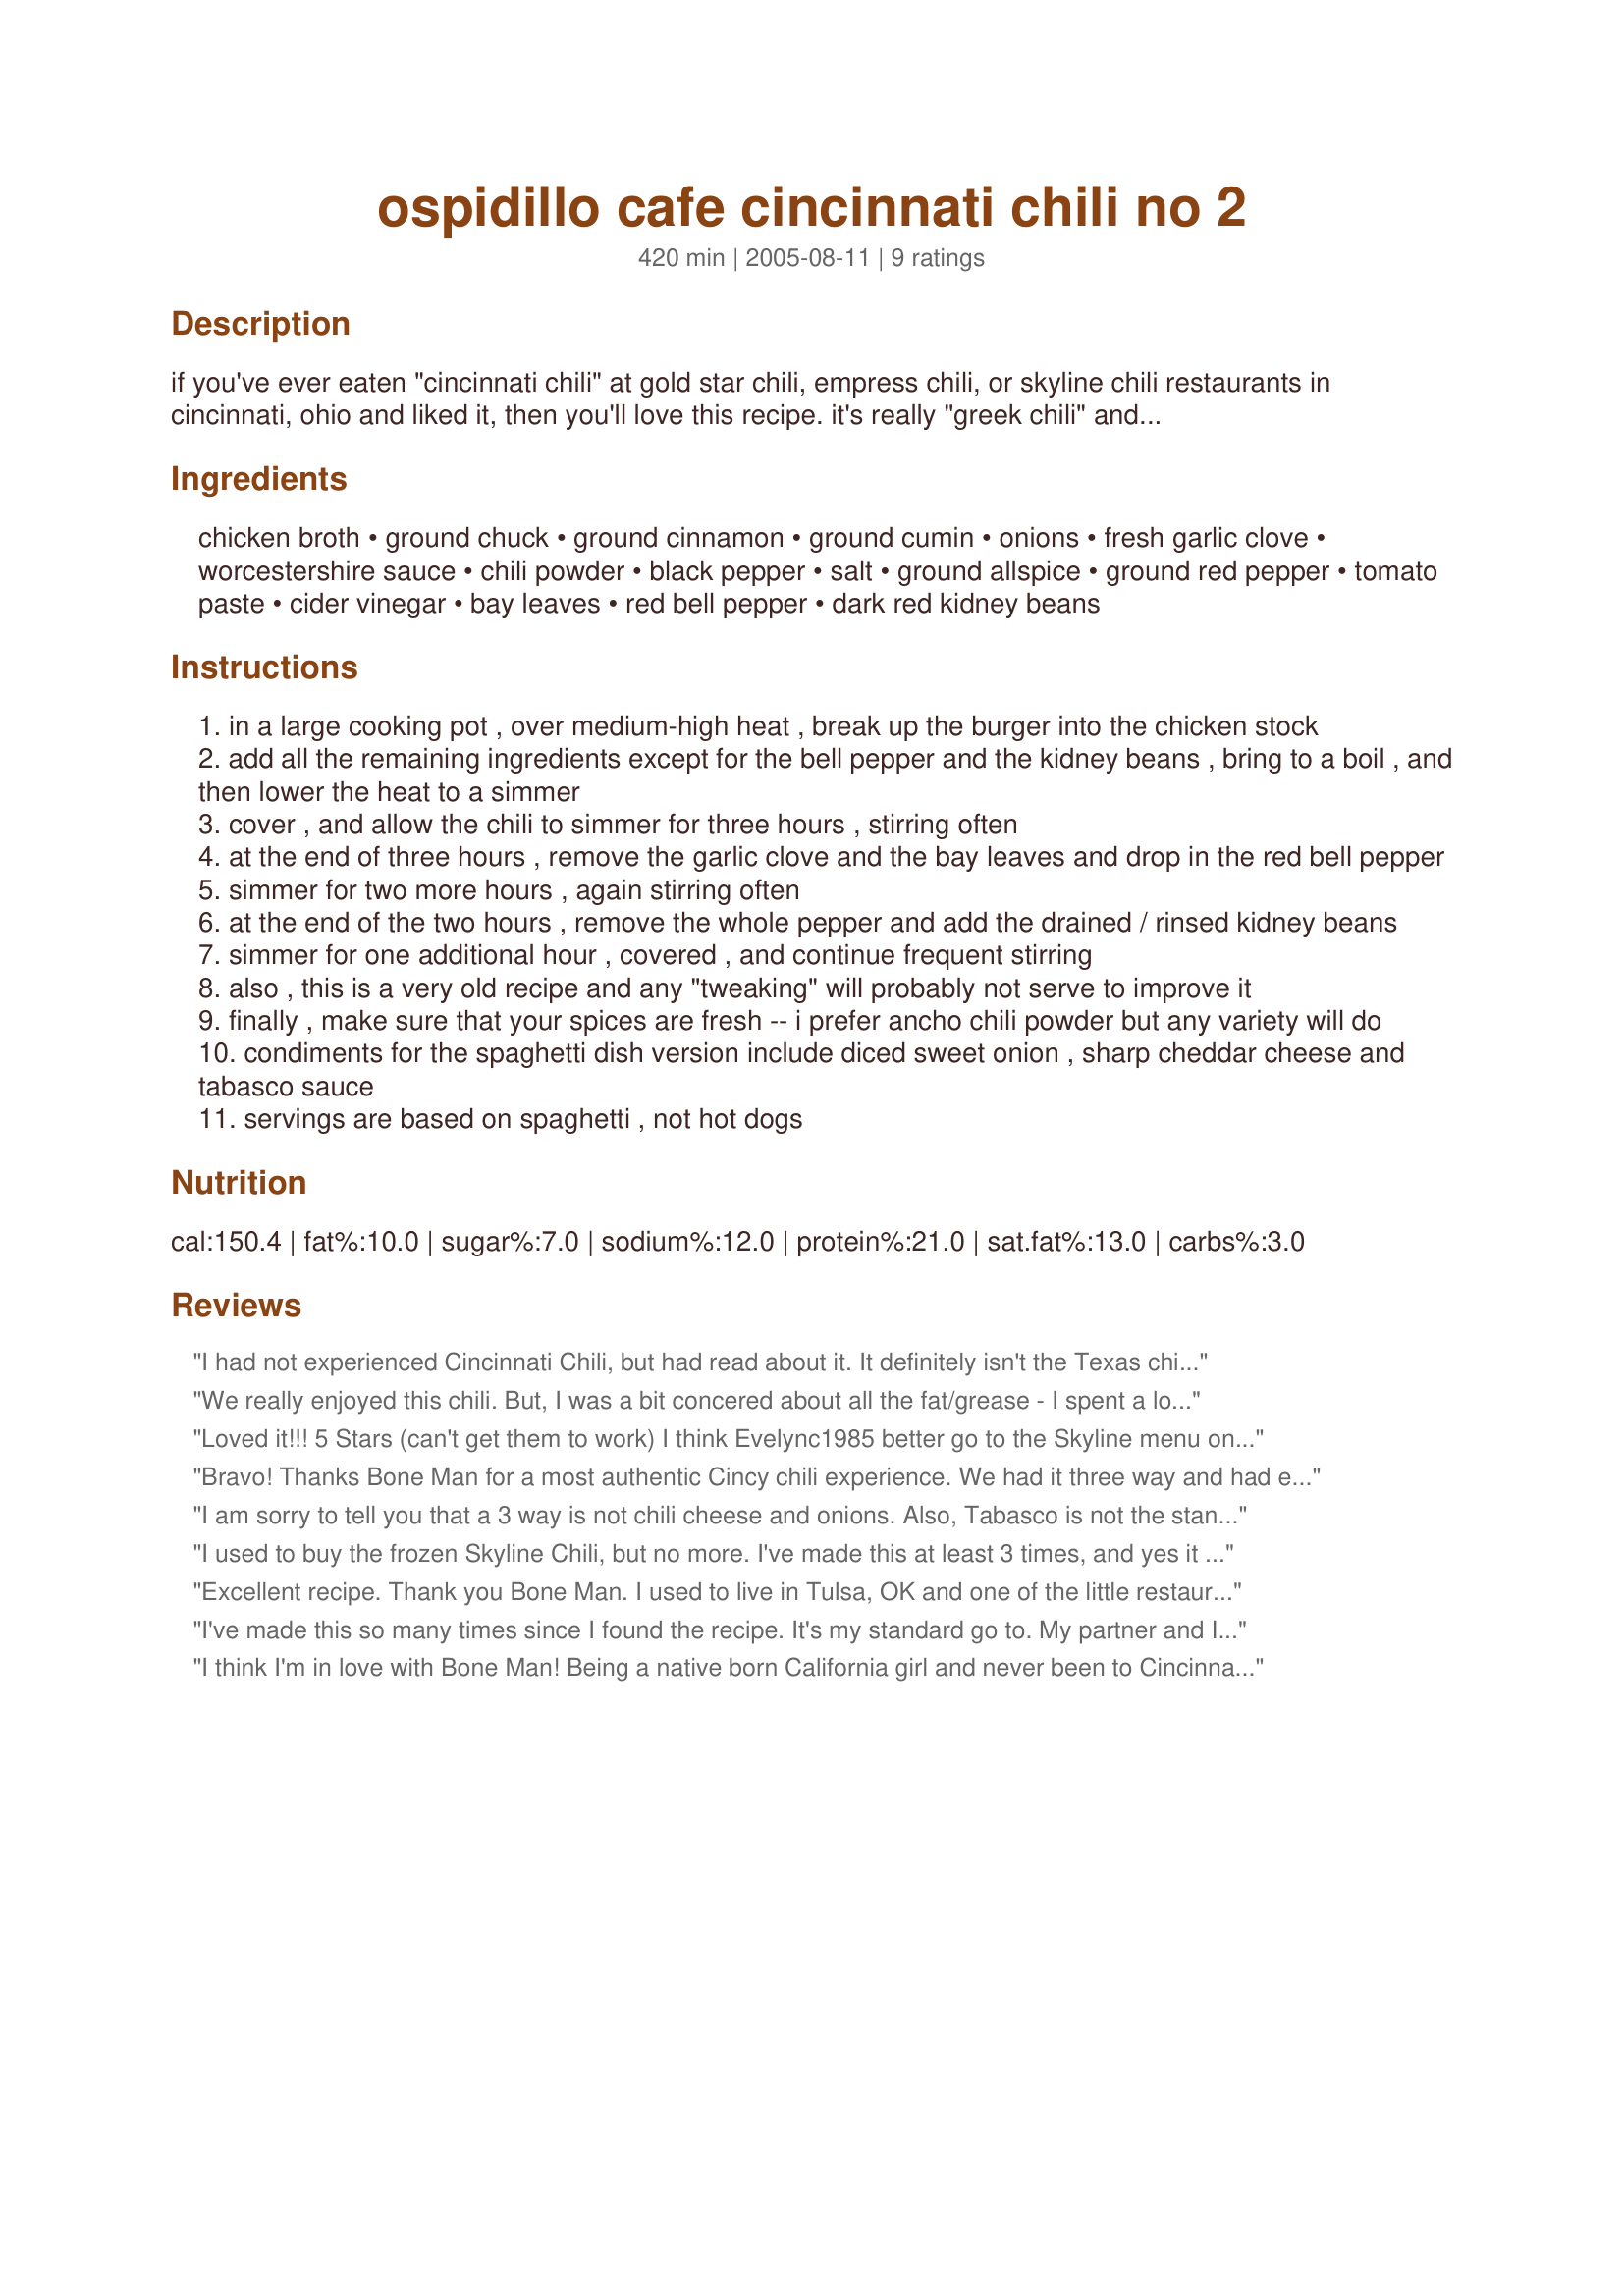
ospidillo cafe cincinnati chili no 2
Preparation time: 420 minutes

if you've ever eaten "cincinnati chili" at gold star chili, empress chili, or skyline chili restaurants in cincinnati, ohio and liked it, then you'll love this recipe. it's really "greek chili" and most copycat recipes have chocolate in them -- this one does not. use this chili over spaghetti (topped with shredded cheddar, diced onions, and tabasco, a.k.a. "thee-way"), or, use it as a great hot dog (coney) chili sauce. yes, it takes awhile to make it but you won't mind so much after having tasted it.

Ingredients:
chicken broth, ground chuck, ground cinnamon, ground cumin, onions, fresh garlic clove, worcestershire sauce, chili powder, black pepper, salt, ground allspice, ground red pepper, tomato paste, cider vinegar, bay leaves, red bell pepper, dark red kidney beans

Steps:
in a large cooking pot , over medium-high heat , break up the burger into the chicken stock
add all the remaining ingredients except for the bell pepper and the kidney beans , bring to a boil , and then lower the heat to a simmer
cover , and allow the chili to simmer for three hours , stirring often
at the end of three hours , remove the garlic clove and the bay leaves and drop in the red bell pepper
simmer for two more hours , again stirring often
at the end of the two hours , remove the whole pepper and add the drained / rinsed kidney beans
simmer for one additional hour , covered , and continue frequent stirring
also , this is a very old recipe and any "tweaking" will probably not serve to improve it
finally , make sure that your spices are fresh -- i prefer ancho chili powder but any variety will do
condiments for the spaghetti dish version include diced sweet onion , sharp cheddar cheese and tabasco sauce
servings are based on spaghetti , not hot dogs

Reviews:
I had not experienced Cincinnati Chili, but had read about it. It definitely isn't the Texas chili I am used to. =) The flavor reminded me alot of the wonderful meat mixture in pastitsio. It is still HOT here in Texas so I first cooked the meat in the stock on the stovetop, then transferred to the crockpot. After that I followed the instructions exactly. I did cut this in half, but won't next time. I plan to make the whole batch & freeze some for later use. This does take a long time to prepare but the results are worth it. Thank you Bone Man for sharing this keeper of a recipe with us!


We really enjoyed this chili. 
But, I was a bit concered about all the fat/grease - I spent a lot of time skimming it off. Could have been my meat (I did use ground chuck). Next time I think I will pre-cook the ground chuck a bit and drain the fat before adding the broth. 
Thank you so much!
Loved it!!! 5 Stars (can't get them to work) I think Evelync1985 better go to the Skyline menu on their website and read again - do I see beans!! Also try the Goldstar and Empress sites.Most all the restaurants have the bottle of Tabasco one the tables!!I have to be honest - it has been awhile since I sat down at one - I use carry out as I have to work, but I'm sure those bottles are still there. There was an Empress that had another hot sauce and I can't remember the name! Cincinnati Chili is a unique chili and once you have it - you get a craving - sort of like White Castles,Montgomery Inn ribs and Graeters Ice Cream. I was born & raised here in Cincy, so I know my chili!! Bone Man- I always thought Empress was named for the OLD Empress burlesque theater- there were 2 the Empress & the Gaiety - you probably aren't old enough to remember!! Anyway that's the story the present owner of Empress tells. Love your chili , as I do most of your recipes. Thanks.
Bravo! Thanks Bone Man for a most authentic Cincy chili experience. We had it three way and had enough left over to freeze for some Cincy chili dogs later. Well worth the work and highly recommended. Don't change a thing... Bone-Man's got it spot on!
I am sorry to tell you that a 3 way is not chili cheese and onions. Also, Tabasco is not the standard sauce---nor does it come on a 3 way. Also sorry to let you know that Cincinnati style chili does not contain beans. This might be good chili, but it is not Cincinnati chili. Perhaps you would do well to check the Skyline website and correct your recipe. It might be more enjoyable then. But then again, maybe not. But at least now you know.
I used to buy the frozen Skyline Chili, but no more. I've made this at least 3 times, and yes it is great on hot dogs. Thank You for such great recipe.
Excellent recipe. Thank you Bone Man. I used to live in Tulsa, OK and one of the little restaurants served this and I enjoyed it. It has a unique flavor and it is a comfort food in our household. I am sorry for the hurtful and unhelpful comments from "evelync1985". It is unfortunate that people do not have more tact and humility for others. I urge this review to be ignored.
I've made this so many times since I found the recipe. It's my standard go to. My partner and I love it. Agree with others to ignore the very unhelpful and rude comments by evelync1985
I think I'm in love with Bone Man! Being a native born California girl and never been to Cincinnati, I have nothing to compare this with, but this chili is wonderful. It's so different from the other chili dished I've made over the years but so favorable. Because several people were going to be eating this, I didn't add any jalapeno peppers while it was cooking but had some on the table for those that wanted to add another layer of taste.
This won't be the last time I make this. I wouldn't change a thing to this fantastic chili.
